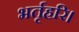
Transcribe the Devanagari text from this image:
भर्तृहरि।